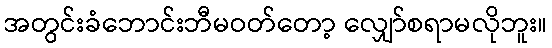
အတွင်းခံဘောင်းဘီမဝတ်တော့ လျှော်စရာမလိုဘူး။